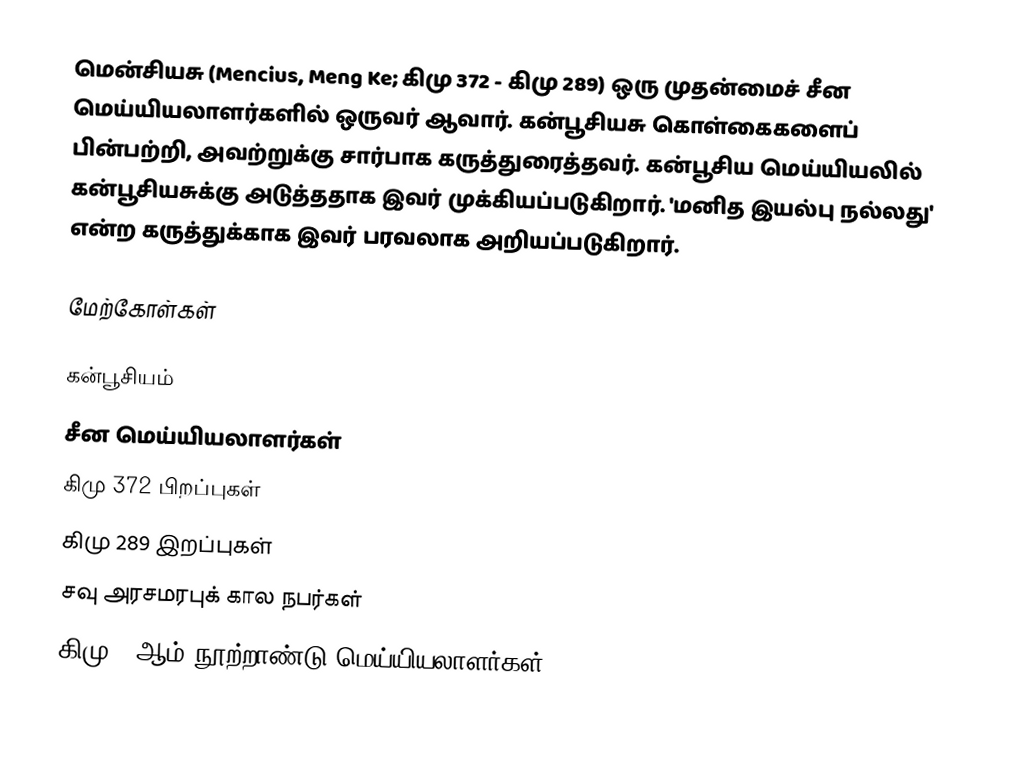
மென்சியசு (Mencius, Meng Ke; கிமு 372 - கிமு 289) ஒரு முதன்மைச் சீன மெய்யியலாளர்களில் ஒருவர் ஆவார்.  கன்பூசியசு கொள்கைகளைப் பின்பற்றி, அவற்றுக்கு சார்பாக கருத்துரைத்தவர்.  கன்பூசிய மெய்யியலில் கன்பூசியசுக்கு அடுத்ததாக இவர் முக்கியப்படுகிறார்.  'மனித இயல்பு நல்லது' என்ற கருத்துக்காக இவர் பரவலாக அறியப்படுகிறார்.

மேற்கோள்கள்

கன்பூசியம்
சீன மெய்யியலாளர்கள்
கிமு 372 பிறப்புகள்
கிமு 289 இறப்புகள்
சவு அரசமரபுக் கால நபர்கள்
கிமு 4 ஆம் நூற்றாண்டு மெய்யியலாளர்கள்